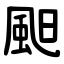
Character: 䫻